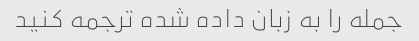
جمله را به زبان داده شده ترجمه کنید